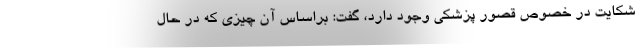
شکایت در خصوص قصور پزشکی وجود دارد، گفت: براساس آن چیزی که در حال